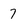
Character: 7